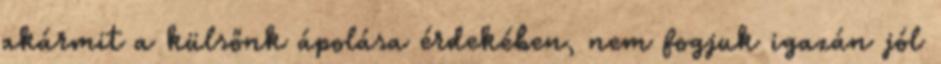
akármit a külsőnk ápolása érdekében, nem fogjuk igazán jól